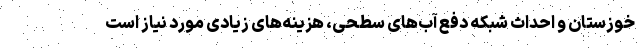
خوزستان و احداث شبکه دفع آب‌های سطحی، هزینه‌های زیادی مورد نیاز است